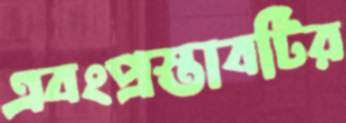
এবংপ্রস্তাবটির